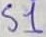
Text: S1